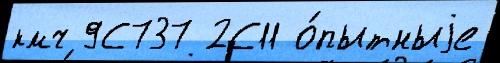
кмч 9С737 2С11 о́пытныjе